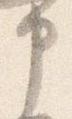
申